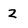
Character: 2